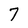
Character: 7